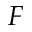
F